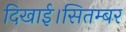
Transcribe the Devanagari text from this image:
दिखाई।सितम्बर